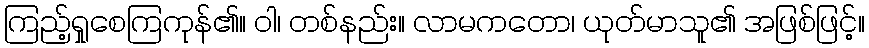
ကြည့်ရှုစေကြကုန်၏။ ဝါ၊ တစ်နည်း။ လာမကတော၊ ယုတ်မာသူ၏ အဖြစ်ဖြင့်။